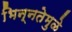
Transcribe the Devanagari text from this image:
भिन्‍नतेमुळे